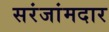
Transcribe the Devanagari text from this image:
सरंजांमदार